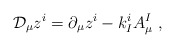
\begin{align*} \mathcal{D}_\mu z^i = \partial_\mu z^i - k_I^i A_\mu^I\ ,\end{align*}